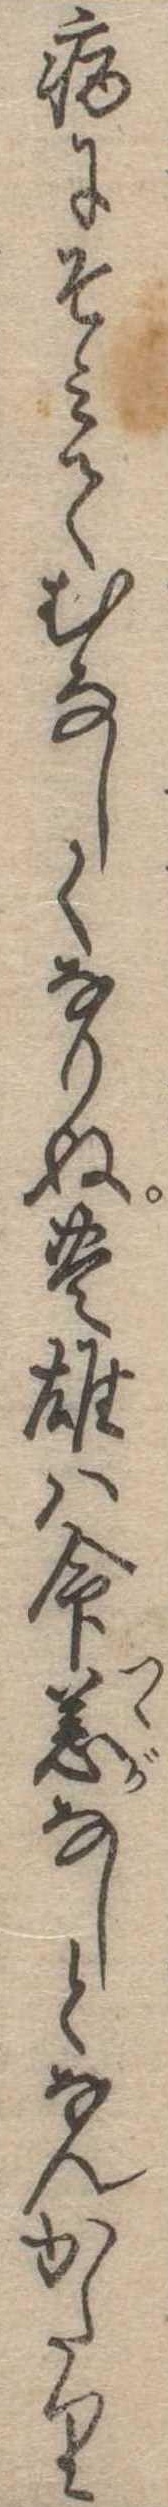
病にそみてむなしくなりぬ豊雄は命恙なしとなんかたり